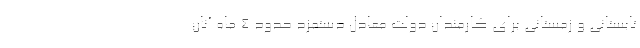
تابستانی و زمستانی برای کارمندان دولت معادل دستمزد حدود ۴ ماه آنان